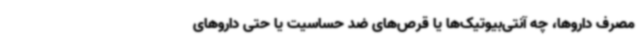
مصرف داروها، چه آنتی‌بیوتیک‌ها یا قرص‌های ضد حساسیت یا حتی داروهای